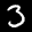
Label: 3